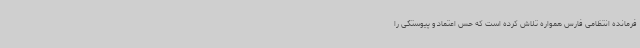
فرمانده انتظامی فارس همواره تلاش کرده است که حس اعتماد و پیوستگی را